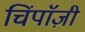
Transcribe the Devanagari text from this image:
चिंपाॅज़ी